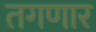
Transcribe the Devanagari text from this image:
तगणार